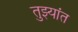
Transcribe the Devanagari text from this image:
तुझ्यांत